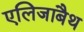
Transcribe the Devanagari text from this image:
एलिजाबैथ